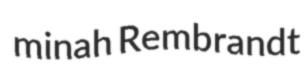
minah Rembrandt